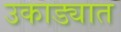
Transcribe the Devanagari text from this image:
उकाड्यात